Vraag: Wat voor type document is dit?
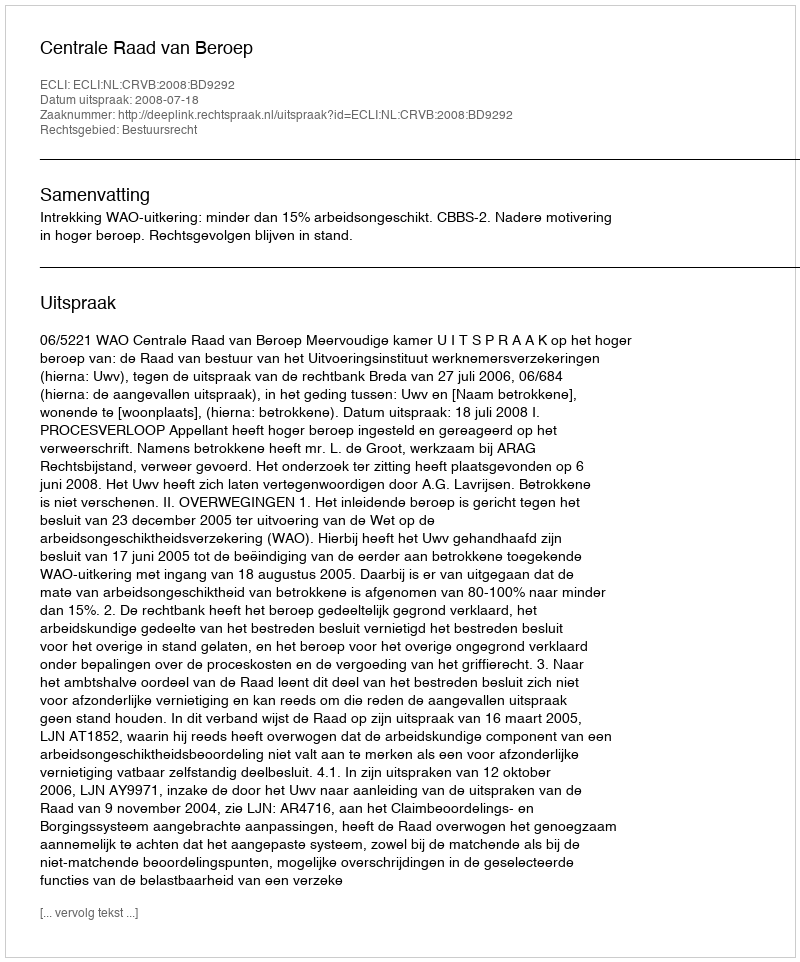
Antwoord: Uitspraak